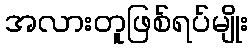
အလားတူဖြစ်ရပ်မျိုး